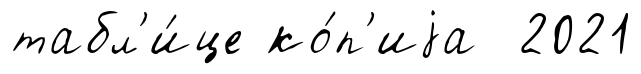
табл'и́це ко́п'иjа 2021